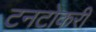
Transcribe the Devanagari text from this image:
टनटोकरी